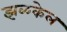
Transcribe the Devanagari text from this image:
झळकेल